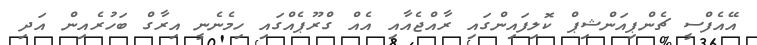
އޭއެފްސީ ޗެންޕިއަންޝިޕް ކޮލިފައިންގައި ރާއްޖެއާއި އެއް ގްރޫޕެއްގައި ހިމެނެނީ އިރާގް ބަހުރެއިން އަދި